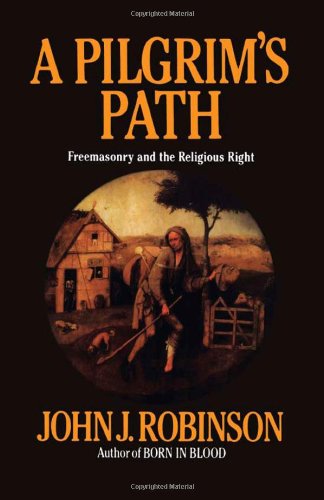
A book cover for A Pilgrim's Path: Freemasonry and the Religious Right; John J. Robinson; Religion & Spirituality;